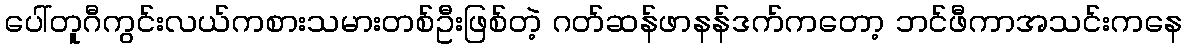
ပေါ်တူဂီကွင်းလယ်ကစားသမားတစ်ဦးဖြစ်တဲ့ ဂတ်ဆန်ဖာနန်ဒက်ကတော့ ဘင်ဖီကာအသင်းကနေ